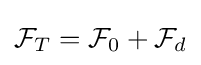
{\mathcal {F}}_{T}={\mathcal {F}}_{0}+{\mathcal {F}}_{d}